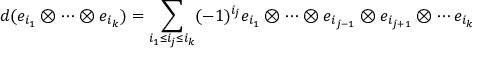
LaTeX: d ( e _ { i _ { 1 } } \otimes \cdots \otimes e _ { i _ { k } } ) = \sum _ { i _ { 1 } \leq i _ { j } \leq i _ { k } } ( - 1 ) ^ { i _ { j } } e _ { i _ { 1 } } \otimes \cdots \otimes e _ { i _ { j - 1 } } \otimes e _ { i _ { j + 1 } } \otimes \cdots e _ { i _ { k } }